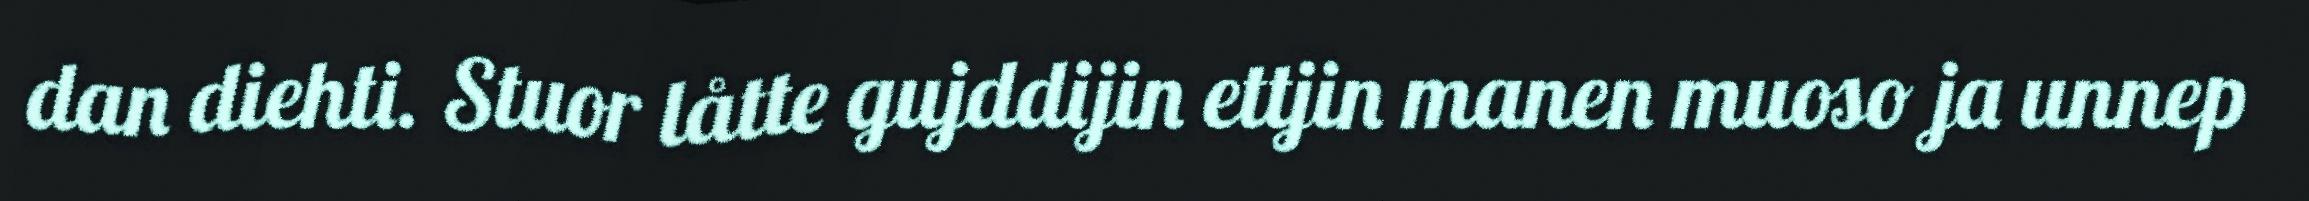
dan diehti. Stuor låtte gujddijin ettjin manen muoso ja unnep